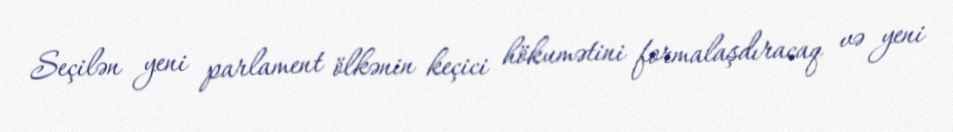
Seçilən yeni parlament ölkənin keçici hökumətini formalaşdıracaq və yeni